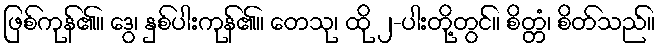
ဖြစ်ကုန်၏။ ဒွေ၊ နှစ်ပါးကုန်၏။ တေသု၊ ထို ၂-ပါးတို့တွင်။ စိတ္တံ၊ စိတ်သည်။